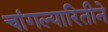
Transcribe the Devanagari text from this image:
चांगल्यारितीने